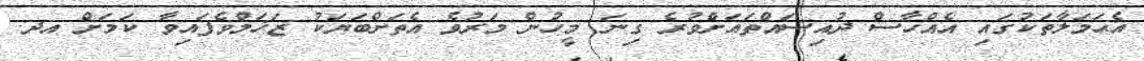
އެޙަމަލާތަކުގައި އެއްހާސް ދުއިސައްތައަށްވުރެ ގިނަ މީހުން މަރުވެ އެތަށްބަޔަކު ޒަޚަމްވެފައިވާ ކަމަށް އދ.